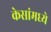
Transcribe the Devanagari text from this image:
केसांमध्ये